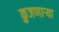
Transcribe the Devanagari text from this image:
कुजणाऱ्या